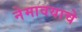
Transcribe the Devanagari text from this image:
नेमावयाचे